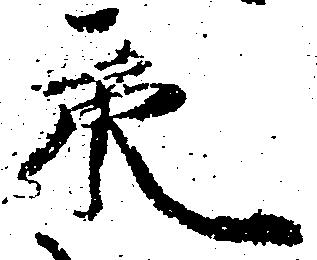
永